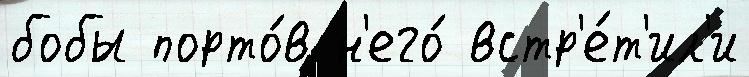
бобы порто́в н'его́ встр'е́т'ил'и